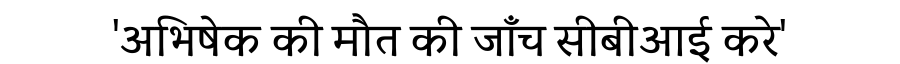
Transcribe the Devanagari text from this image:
'अभिषेक की मौत की जाँच सीबीआई करे'